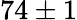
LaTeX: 74\pm 1